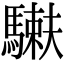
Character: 𩥲